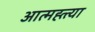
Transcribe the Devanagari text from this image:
आत्मह्त्त्या